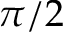
\pi / 2